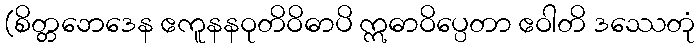
(စိတ္တဘေဒေန ဧကူနနဝုတိဝိဓာပိ ဣဓာဝိပ္ပေတာ ဧဝါတိ ဒဿေတုံ